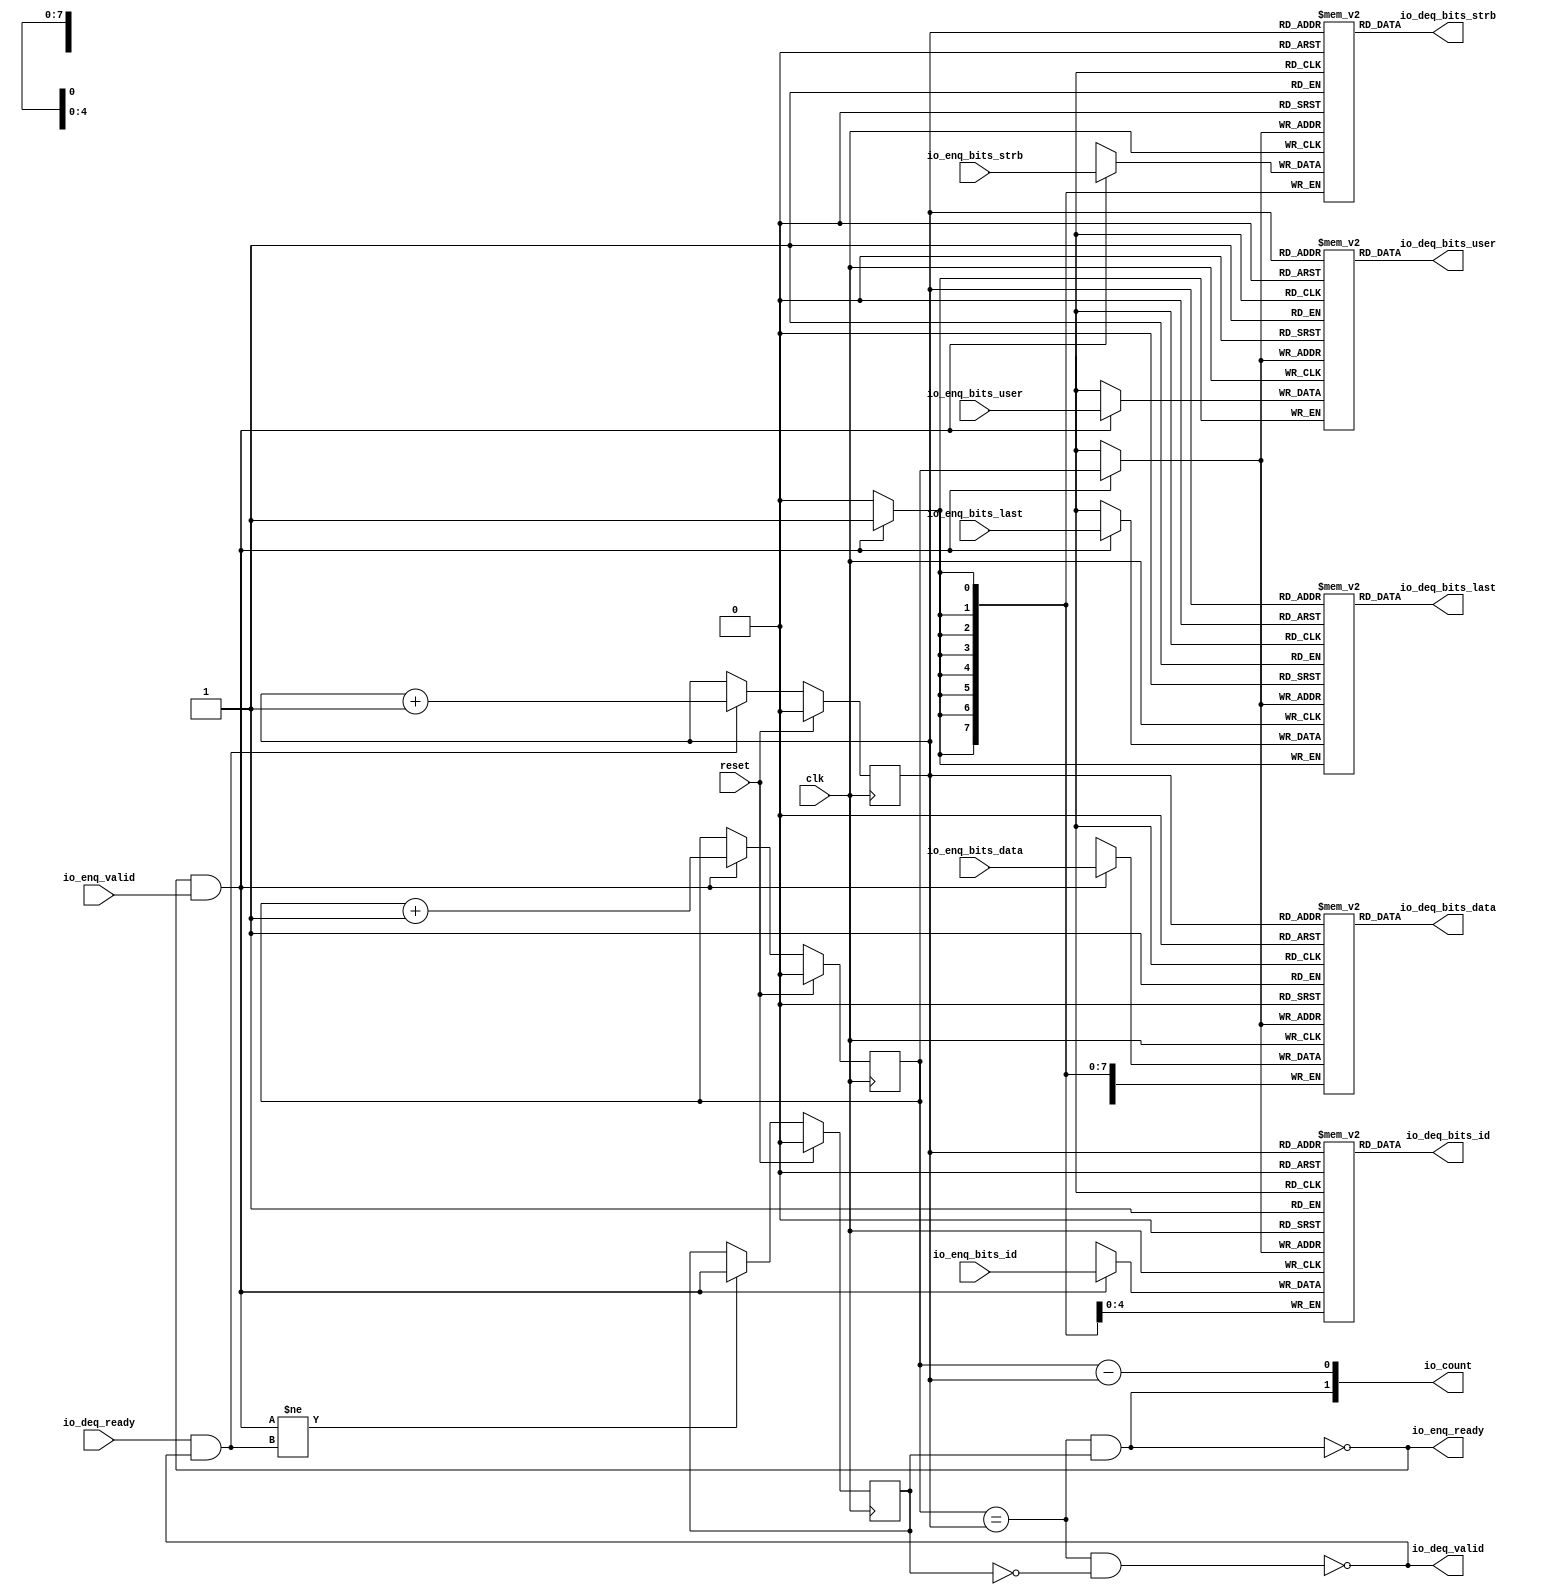
module Queue_12(
  input   clk,
  input   reset,
  output  io_enq_ready,
  input   io_enq_valid,
  input  [63:0] io_enq_bits_data,
  input   io_enq_bits_last,
  input  [4:0] io_enq_bits_id,
  input  [7:0] io_enq_bits_strb,
  input   io_enq_bits_user,
  input   io_deq_ready,
  output  io_deq_valid,
  output [63:0] io_deq_bits_data,
  output  io_deq_bits_last,
  output [4:0] io_deq_bits_id,
  output [7:0] io_deq_bits_strb,
  output  io_deq_bits_user,
  output [1:0] io_count
);
  reg [63:0] ram_data [0:1];
  reg [63:0] GEN_0;
  wire [63:0] ram_data_T_94_data;
  wire  ram_data_T_94_addr;
  wire  ram_data_T_94_en;
  wire [63:0] ram_data_T_73_data;
  wire  ram_data_T_73_addr;
  wire  ram_data_T_73_mask;
  wire  ram_data_T_73_en;
  reg  ram_last [0:1];
  reg [31:0] GEN_1;
  wire  ram_last_T_94_data;
  wire  ram_last_T_94_addr;
  wire  ram_last_T_94_en;
  wire  ram_last_T_73_data;
  wire  ram_last_T_73_addr;
  wire  ram_last_T_73_mask;
  wire  ram_last_T_73_en;
  reg [4:0] ram_id [0:1];
  reg [31:0] GEN_2;
  wire [4:0] ram_id_T_94_data;
  wire  ram_id_T_94_addr;
  wire  ram_id_T_94_en;
  wire [4:0] ram_id_T_73_data;
  wire  ram_id_T_73_addr;
  wire  ram_id_T_73_mask;
  wire  ram_id_T_73_en;
  reg [7:0] ram_strb [0:1];
  reg [31:0] GEN_3;
  wire [7:0] ram_strb_T_94_data;
  wire  ram_strb_T_94_addr;
  wire  ram_strb_T_94_en;
  wire [7:0] ram_strb_T_73_data;
  wire  ram_strb_T_73_addr;
  wire  ram_strb_T_73_mask;
  wire  ram_strb_T_73_en;
  reg  ram_user [0:1];
  reg [31:0] GEN_4;
  wire  ram_user_T_94_data;
  wire  ram_user_T_94_addr;
  wire  ram_user_T_94_en;
  wire  ram_user_T_73_data;
  wire  ram_user_T_73_addr;
  wire  ram_user_T_73_mask;
  wire  ram_user_T_73_en;
  reg  T_65;
  reg [31:0] GEN_5;
  reg  T_67;
  reg [31:0] GEN_6;
  reg  maybe_full;
  reg [31:0] GEN_7;
  wire  ptr_match;
  wire  T_70;
  wire  empty;
  wire  full;
  wire  T_71;
  wire  do_enq;
  wire  T_72;
  wire  do_deq;
  wire [1:0] T_82;
  wire  T_83;
  wire  GEN_13;
  wire [1:0] T_87;
  wire  T_88;
  wire  GEN_14;
  wire  T_89;
  wire  GEN_15;
  wire  T_91;
  wire  T_93;
  wire [1:0] T_100;
  wire  ptr_diff;
  wire  T_101;
  wire [1:0] T_102;
  assign io_enq_ready = T_93;
  assign io_deq_valid = T_91;
  assign io_deq_bits_data = ram_data_T_94_data;
  assign io_deq_bits_last = ram_last_T_94_data;
  assign io_deq_bits_id = ram_id_T_94_data;
  assign io_deq_bits_strb = ram_strb_T_94_data;
  assign io_deq_bits_user = ram_user_T_94_data;
  assign io_count = T_102;
  assign ram_data_T_94_addr = T_67;
  assign ram_data_T_94_en = 1'h1;
  assign ram_data_T_94_data = ram_data[ram_data_T_94_addr];
  assign ram_data_T_73_data = io_enq_bits_data;
  assign ram_data_T_73_addr = T_65;
  assign ram_data_T_73_mask = do_enq;
  assign ram_data_T_73_en = do_enq;
  assign ram_last_T_94_addr = T_67;
  assign ram_last_T_94_en = 1'h1;
  assign ram_last_T_94_data = ram_last[ram_last_T_94_addr];
  assign ram_last_T_73_data = io_enq_bits_last;
  assign ram_last_T_73_addr = T_65;
  assign ram_last_T_73_mask = do_enq;
  assign ram_last_T_73_en = do_enq;
  assign ram_id_T_94_addr = T_67;
  assign ram_id_T_94_en = 1'h1;
  assign ram_id_T_94_data = ram_id[ram_id_T_94_addr];
  assign ram_id_T_73_data = io_enq_bits_id;
  assign ram_id_T_73_addr = T_65;
  assign ram_id_T_73_mask = do_enq;
  assign ram_id_T_73_en = do_enq;
  assign ram_strb_T_94_addr = T_67;
  assign ram_strb_T_94_en = 1'h1;
  assign ram_strb_T_94_data = ram_strb[ram_strb_T_94_addr];
  assign ram_strb_T_73_data = io_enq_bits_strb;
  assign ram_strb_T_73_addr = T_65;
  assign ram_strb_T_73_mask = do_enq;
  assign ram_strb_T_73_en = do_enq;
  assign ram_user_T_94_addr = T_67;
  assign ram_user_T_94_en = 1'h1;
  assign ram_user_T_94_data = ram_user[ram_user_T_94_addr];
  assign ram_user_T_73_data = io_enq_bits_user;
  assign ram_user_T_73_addr = T_65;
  assign ram_user_T_73_mask = do_enq;
  assign ram_user_T_73_en = do_enq;
  assign ptr_match = T_65 == T_67;
  assign T_70 = maybe_full == 1'h0;
  assign empty = ptr_match & T_70;
  assign full = ptr_match & maybe_full;
  assign T_71 = io_enq_ready & io_enq_valid;
  assign do_enq = T_71;
  assign T_72 = io_deq_ready & io_deq_valid;
  assign do_deq = T_72;
  assign T_82 = T_65 + 1'h1;
  assign T_83 = T_82[0:0];
  assign GEN_13 = do_enq ? T_83 : T_65;
  assign T_87 = T_67 + 1'h1;
  assign T_88 = T_87[0:0];
  assign GEN_14 = do_deq ? T_88 : T_67;
  assign T_89 = do_enq != do_deq;
  assign GEN_15 = T_89 ? do_enq : maybe_full;
  assign T_91 = empty == 1'h0;
  assign T_93 = full == 1'h0;
  assign T_100 = T_65 - T_67;
  assign ptr_diff = T_100[0:0];
  assign T_101 = maybe_full & ptr_match;
  assign T_102 = {T_101,ptr_diff};
`ifdef RANDOMIZE
  integer initvar;
  initial begin
    `ifndef verilator
      #0.002;
    `endif
  GEN_0 = {2{$random}};
  `ifdef RANDOMIZE
  for (initvar = 0; initvar < 2; initvar = initvar+1)
    ram_data[initvar] = GEN_0[63:0];
  `endif
  GEN_1 = {1{$random}};
  `ifdef RANDOMIZE
  for (initvar = 0; initvar < 2; initvar = initvar+1)
    ram_last[initvar] = GEN_1[0:0];
  `endif
  GEN_2 = {1{$random}};
  `ifdef RANDOMIZE
  for (initvar = 0; initvar < 2; initvar = initvar+1)
    ram_id[initvar] = GEN_2[4:0];
  `endif
  GEN_3 = {1{$random}};
  `ifdef RANDOMIZE
  for (initvar = 0; initvar < 2; initvar = initvar+1)
    ram_strb[initvar] = GEN_3[7:0];
  `endif
  GEN_4 = {1{$random}};
  `ifdef RANDOMIZE
  for (initvar = 0; initvar < 2; initvar = initvar+1)
    ram_user[initvar] = GEN_4[0:0];
  `endif
  `ifdef RANDOMIZE
  GEN_5 = {1{$random}};
  T_65 = GEN_5[0:0];
  `endif
  `ifdef RANDOMIZE
  GEN_6 = {1{$random}};
  T_67 = GEN_6[0:0];
  `endif
  `ifdef RANDOMIZE
  GEN_7 = {1{$random}};
  maybe_full = GEN_7[0:0];
  `endif
  end
`endif
  always @(posedge clk) begin
    if(ram_data_T_73_en & ram_data_T_73_mask) begin
      ram_data[ram_data_T_73_addr] <= ram_data_T_73_data;
    end
    if(ram_last_T_73_en & ram_last_T_73_mask) begin
      ram_last[ram_last_T_73_addr] <= ram_last_T_73_data;
    end
    if(ram_id_T_73_en & ram_id_T_73_mask) begin
      ram_id[ram_id_T_73_addr] <= ram_id_T_73_data;
    end
    if(ram_strb_T_73_en & ram_strb_T_73_mask) begin
      ram_strb[ram_strb_T_73_addr] <= ram_strb_T_73_data;
    end
    if(ram_user_T_73_en & ram_user_T_73_mask) begin
      ram_user[ram_user_T_73_addr] <= ram_user_T_73_data;
    end
    if(reset) begin
      T_65 <= 1'h0;
    end else begin
      if(do_enq) begin
        T_65 <= T_83;
      end
    end
    if(reset) begin
      T_67 <= 1'h0;
    end else begin
      if(do_deq) begin
        T_67 <= T_88;
      end
    end
    if(reset) begin
      maybe_full <= 1'h0;
    end else begin
      if(T_89) begin
        maybe_full <= do_enq;
      end
    end
  end
endmodule